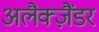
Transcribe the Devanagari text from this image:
अलैक्‍ज़ैंडर